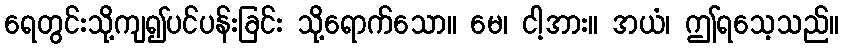
ရေတွင်းသို့ကျ၍ပင်ပန်းခြင်း သို့ရောက်သော။ မေ၊ ငါ့အား။ အယံ၊ ဤရသေ့သည်။